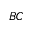
_ { B C }